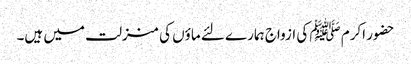
حضور اکرم ﷺ کی ازواج ہمارے لئے ماؤں کی منزلت میں ہیں۔